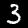
Digit: 3